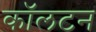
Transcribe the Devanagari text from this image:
काॅलटन